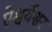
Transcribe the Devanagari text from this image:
ऐश्वर्येश्वर